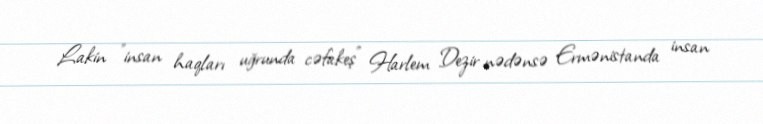
Lakin "insan haqları uğrunda cəfakeş" Harlem Dezir nədənsə Ermənistanda insan